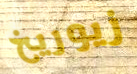
زيوريخ